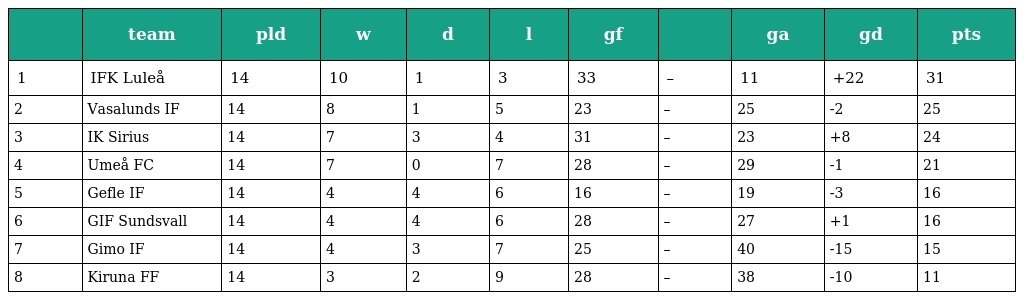
|  | team | pld | w | d | l | gf |  | ga | gd | pts |
 | --- | --- | --- | --- | --- | --- | --- | --- | --- | --- | --- |
 | 1 | IFK Luleå | 14 | 10 | 1 | 3 | 33 | – | 11 | +22 | 31 |
 | 2 | Vasalunds IF | 14 | 8 | 1 | 5 | 23 | – | 25 | -2 | 25 |
 | 3 | IK Sirius | 14 | 7 | 3 | 4 | 31 | – | 23 | +8 | 24 |
 | 4 | Umeå FC | 14 | 7 | 0 | 7 | 28 | – | 29 | -1 | 21 |
 | 5 | Gefle IF | 14 | 4 | 4 | 6 | 16 | – | 19 | -3 | 16 |
 | 6 | GIF Sundsvall | 14 | 4 | 4 | 6 | 28 | – | 27 | +1 | 16 |
 | 7 | Gimo IF | 14 | 4 | 3 | 7 | 25 | – | 40 | -15 | 15 |
 | 8 | Kiruna FF | 14 | 3 | 2 | 9 | 28 | – | 38 | -10 | 11 |